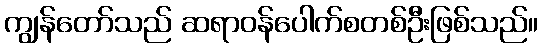
ကျွန်တော်သည် ဆရာဝန်ပေါက်စတစ်ဦးဖြစ်သည်။